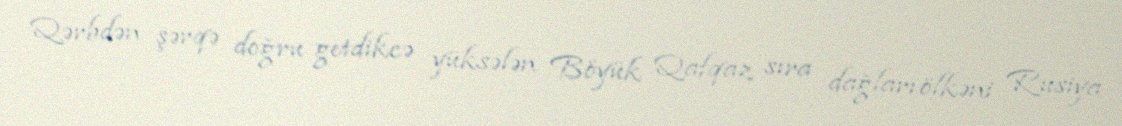
Qərbdən şərqə doğru getdikcə yüksələn Böyük Qafqaz sıra dağları ölkəni Rusiya